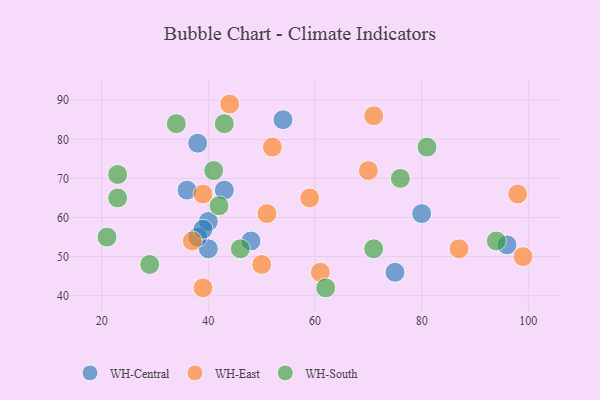
{"axis": {"x": "GDP", "y": "Life Expectancy"}, "legend": ["WH-Central", "WH-East", "WH-South"], "data": [{"x": "40", "y": 59, "type": "WH-Central"}, {"x": "75", "y": 46, "type": "WH-Central"}, {"x": "54", "y": 85, "type": "WH-Central"}, {"x": "40", "y": 52, "type": "WH-Central"}, {"x": "38", "y": 79, "type": "WH-Central"}, {"x": "96", "y": 53, "type": "WH-Central"}, {"x": "43", "y": 67, "type": "WH-Central"}, {"x": "36", "y": 67, "type": "WH-Central"}, {"x": "48", "y": 54, "type": "WH-Central"}, {"x": "38", "y": 55, "type": "WH-Central"}, {"x": "80", "y": 61, "type": "WH-Central"}, {"x": "39", "y": 57, "type": "WH-Central"}, {"x": "59", "y": 65, "type": "WH-East"}, {"x": "39", "y": 42, "type": "WH-East"}, {"x": "70", "y": 72, "type": "WH-East"}, {"x": "39", "y": 66, "type": "WH-East"}, {"x": "99", "y": 50, "type": "WH-East"}, {"x": "87", "y": 52, "type": "WH-East"}, {"x": "50", "y": 48, "type": "WH-East"}, {"x": "98", "y": 66, "type": "WH-East"}, {"x": "37", "y": 54, "type": "WH-East"}, {"x": "71", "y": 86, "type": "WH-East"}, {"x": "61", "y": 46, "type": "WH-East"}, {"x": "52", "y": 78, "type": "WH-East"}, {"x": "51", "y": 61, "type": "WH-East"}, {"x": "44", "y": 89, "type": "WH-East"}, {"x": "43", "y": 84, "type": "WH-South"}, {"x": "23", "y": 71, "type": "WH-South"}, {"x": "46", "y": 52, "type": "WH-South"}, {"x": "21", "y": 55, "type": "WH-South"}, {"x": "76", "y": 70, "type": "WH-South"}, {"x": "34", "y": 84, "type": "WH-South"}, {"x": "42", "y": 63, "type": "WH-South"}, {"x": "23", "y": 65, "type": "WH-South"}, {"x": "62", "y": 42, "type": "WH-South"}, {"x": "94", "y": 54, "type": "WH-South"}, {"x": "81", "y": 78, "type": "WH-South"}, {"x": "41", "y": 72, "type": "WH-South"}, {"x": "29", "y": 48, "type": "WH-South"}, {"x": "71", "y": 52, "type": "WH-South"}]}